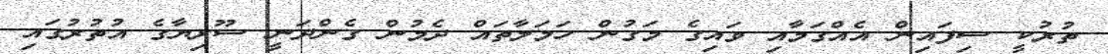
ތުރުކީ ސިފައިން އެއްގަމާއި ވައިގެ މަގުން ހަމަލާތައް ދެމުން ގެންދަނީ ސޫރިޔާގެ އުތުރުގައި